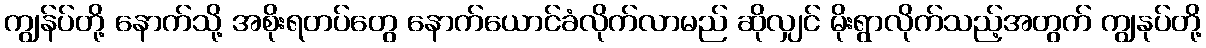
ကျွန်ပ်တို့ နောက်သို့ အစိုးရတပ်တွေ နောက်ယောင်ခံလိုက်လာမည် ဆိုလျှင် မိုးရွာလိုက်သည့်အတွက် ကျွနုပ်တို့